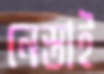
নেস্তাই